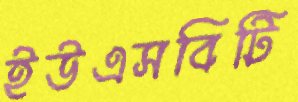
ইউএসবিটি